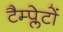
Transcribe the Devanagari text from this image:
टैम्प्लेटों